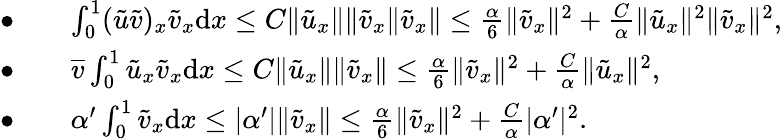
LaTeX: \begin{array}{rl}{\bullet\quad}&{\int_{0}^{1}({\tilde{u}}{\tilde{v}})_{x}{\tilde{v}}_{x}{\mathrm{d}x}\le C\| {\tilde{u}}_{x}\| \| {\tilde{v}}_{x}\| {\tilde{v}}_{x}\| \le\frac{\alpha}{6}\| {\tilde{v}}_{x}\| ^{2}+\frac{C}{\alpha}\| {\tilde{u}}_{x}\| ^{2}\| {\tilde{v}}_{x}\| ^{2},}\\ {\bullet\quad}&{\overline{{v}}\int_{0}^{1}{\tilde{u}}_{x}{\tilde{v}}_{x}{\mathrm{d}x}\le C\| {\tilde{u}}_{x}\| \| {\tilde{v}}_{x}\| \le\frac{\alpha}{6}\| {\tilde{v}}_{x}\| ^{2}+\frac{C}{\alpha}\| {\tilde{u}}_{x}\| ^{2},}\\ {\bullet\quad}&{\alpha^{\prime}\int_{0}^{1}{\tilde{v}}_{x}{\mathrm{d}x}\le|\alpha^{\prime}|\| {\tilde{v}}_{x}\| \le\frac{\alpha}{6}\| {\tilde{v}}_{x}\| ^{2}+\frac{C}{\alpha}|\alpha^{\prime}|^{2}.}\end{array}